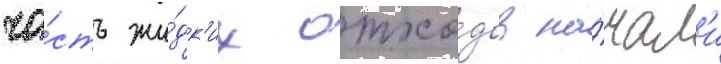
ча́сть жи́дк'их отхо́дов на́чал'и